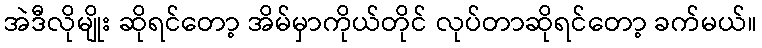
အဲဒီလိုမျိုး ဆိုရင်တော့ အိမ်မှာကိုယ်တိုင် လုပ်တာဆိုရင်တော့ ခက်မယ်။